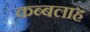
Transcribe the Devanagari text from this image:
कब्बलाह